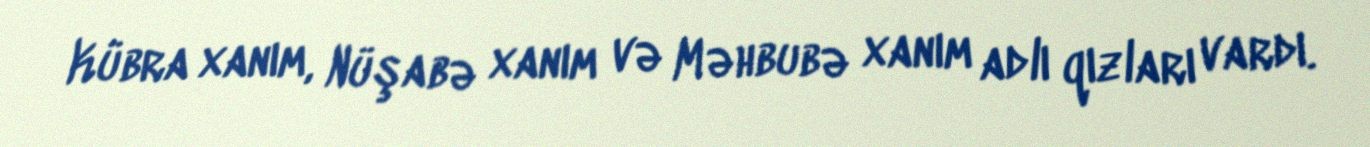
Kübra xanım, Nüşabə xanım və Məhbubə xanım adlı qızları vardı.